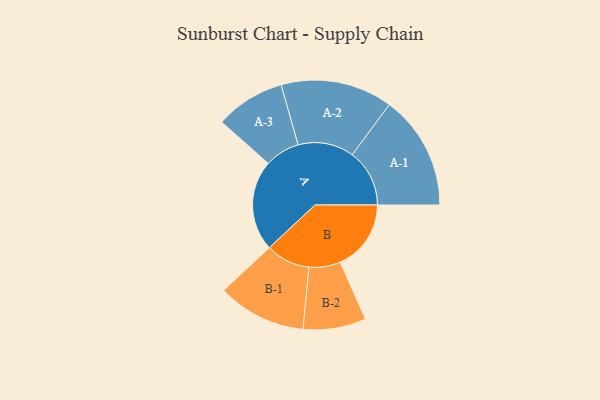
{"axis": {"x": "Segment", "y": "Value"}, "legend": ["", "A", "B"], "data": [{"x": "A", "y": 470, "type": ""}, {"x": "B", "y": 367, "type": ""}, {"x": "A-1", "y": 297, "type": "A"}, {"x": "A-2", "y": 290, "type": "A"}, {"x": "A-3", "y": 181, "type": "A"}, {"x": "B-1", "y": 230, "type": "B"}, {"x": "B-2", "y": 163, "type": "B"}]}